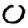
Digit: 0